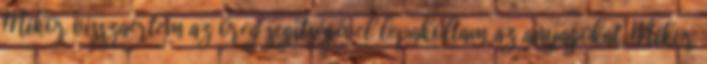
Mikor visszaértem az öreg segítségével lepakoltam az anyagokat. Mikor